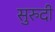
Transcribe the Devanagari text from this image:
सुरुदी